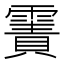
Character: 𩄾